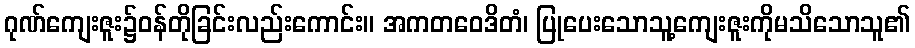
ဂုဏ်ကျေးဇူး၌ဝန်တိုခြင်းလည်းကောင်း။ အကတဝေဒိတံ၊ ပြုပေးသောသူ့ကျေးဇူးကိုမသိသောသူ၏